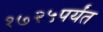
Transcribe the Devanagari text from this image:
१७२५पर्यंत